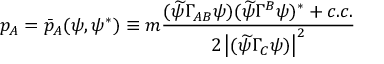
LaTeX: p _ { A } = \bar { p } _ { A } ( \psi , \psi ^ { * } ) \equiv m \frac { ( \widetilde { \psi } \Gamma _ { A B } \psi ) ( \widetilde { \psi } \Gamma ^ { B } \psi ) ^ { * } + c . c . } { 2 \left| ( \widetilde { \psi } \Gamma _ { C } \psi ) \right| ^ { 2 } }